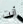
أنت